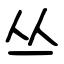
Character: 丛